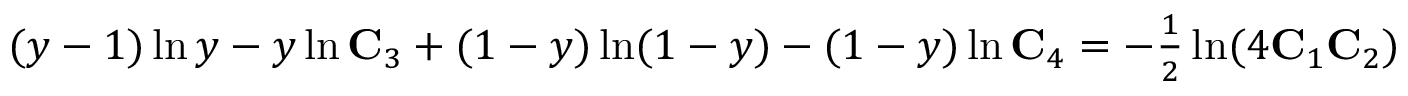
\begin{array} { r } { ( y - 1 ) \ln y - y \ln \mathbf { C } _ { 3 } + ( 1 - y ) \ln ( 1 - y ) - ( 1 - y ) \ln \mathbf { C } _ { 4 } = - \frac { 1 } { 2 } \ln ( 4 \mathbf { C } _ { 1 } \mathbf { C } _ { 2 } ) } \end{array}